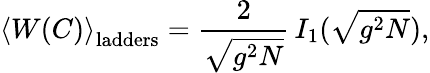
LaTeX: \left<W(C)\right>_{\mathrm{ladders}}=\frac{2}{\sqrt{g^{2}N}}\, I_{1}(\sqrt{g^{2}N}),